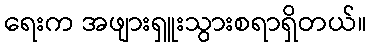
ရေးက အဖျားရှူးသွားစရာရှိတယ်။